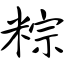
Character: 粽